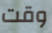
وقت